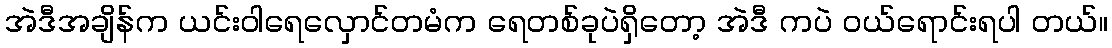
အဲဒီအချိန်က ယင်းဝါရေလှောင်တမံက ရေတစ်ခုပဲရှိတော့ အဲဒီ ကပဲ ဝယ်ရောင်းရပါ တယ်။